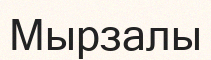
Мырзалы